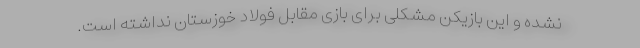
نشده و این بازیکن مشکلی برای بازی مقابل فولاد خوزستان نداشته است.